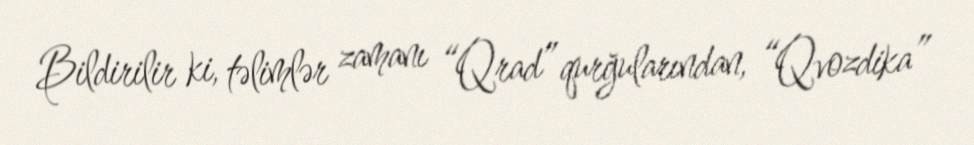
Bildirilir ki, təlimlər zamanı “Qrad” qurğularından, “Qvozdika”